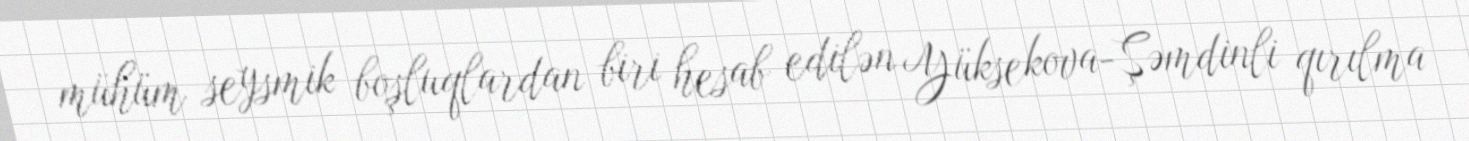
mühüm seysmik boşluqlardan biri hesab edilən Yüksekova-Şəmdinli qırılma